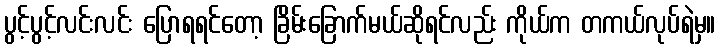
ပွင့်ပွင့်လင်းလင်း ပြောရရင်တော့ ခြိမ်းခြောက်မယ်ဆိုရင်လည်း ကိုယ်က တကယ်လုပ်ရဲမှ။